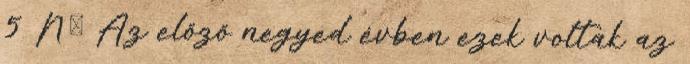
5 NŐ Az előző negyed évben ezek voltak az